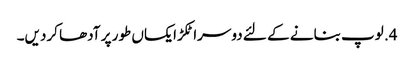
4. لوپ بنانے کے لئے دوسرا ٹکڑا یکساں طور پر آدھا کردیں۔